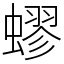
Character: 蟉